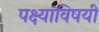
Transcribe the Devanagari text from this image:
पक्ष्यांविषयी